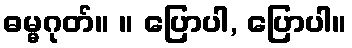
ဓမ္မဂုတ်။ ။ ပြောပါ, ပြောပါ။